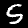
Digit: 5